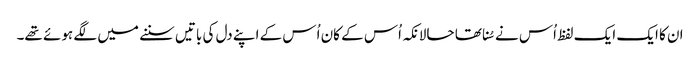
ان کا ایک ایک لفظ اُس نے سُنا تھا حالانکہ اُس کے کان اُس کے اپنے دل کی باتیں سننے میں لگے ہوئے تھے۔